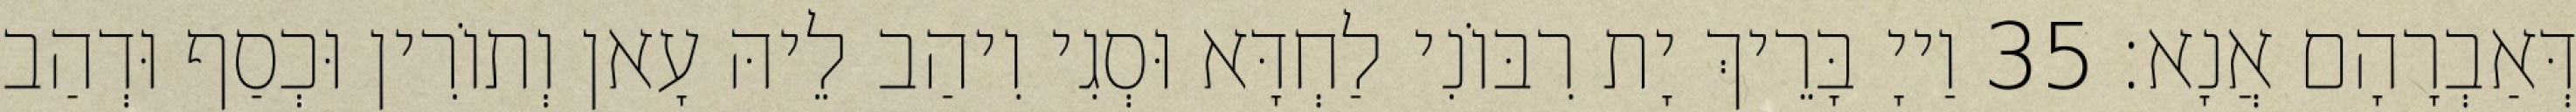
דְּאַבְרָהָם אֲנָא׃ 35 וַייָ בָּרֵיךְ יָת רִבּוֹנִי לַחְדָּא וּסְגִי וִיהַב לֵיהּ עָאן וְתוֹרִין וּכְסַף וּדְהַב